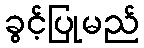
ခွင့်ပြုမည်